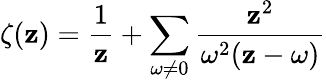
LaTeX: \zeta(\mathbf{z})=\frac{{1}}{{\mathbf{z}}}+\sum_{\omega\neq0}\frac{{\mathbf{z}^{2}}}{{\omega^{2}(\mathbf{z}-\omega)}}